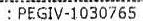
: PEGIV-1030765